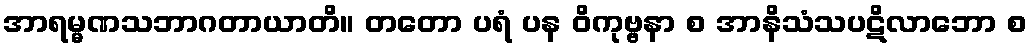
အာရမ္မဏသဘာဂတာယာတိ။ တတော ပရံ ပန ဝိကုဗ္ဗနာ စ အာနိသံသပဋိလာဘော စ